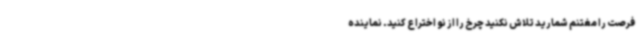
فرصت را مغتنم شمارید تلاش نکنید چرخ را از نو اختراع کنید. نماینده